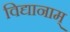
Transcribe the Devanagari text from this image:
विद्यानाम्